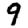
Digit: 9